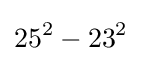
25^{2}-23^{2}